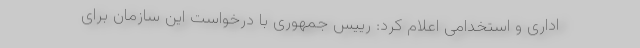
اداری و استخدامی اعلام کرد: رییس جمهوری با درخواست این سازمان برای